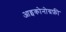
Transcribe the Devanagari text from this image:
आइकोनोग्रफ़ी